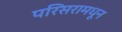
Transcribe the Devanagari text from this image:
परिसरामधून